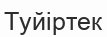
Туйіртек